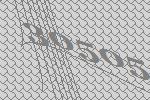
30505